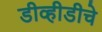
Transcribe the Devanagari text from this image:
डीव्हीडीचे